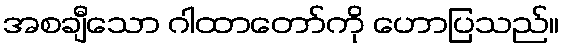
အစချီသော ဂါထာတော်ကို ဟောပြသည်။